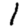
Digit: 1